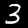
Digit: 3